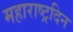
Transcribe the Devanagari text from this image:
महाराष्ट्रदिन